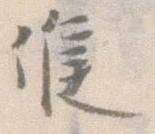
候